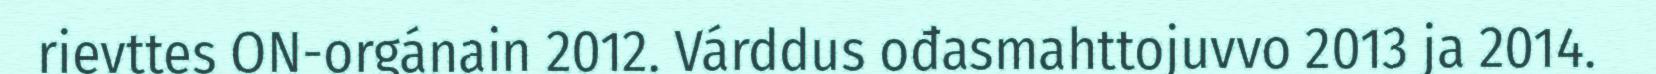
rievttes ON-orgánain 2012. Várddus ođasmahttojuvvo 2013 ja 2014.